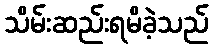
သိမ်းဆည်းရမိခဲ့သည်